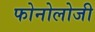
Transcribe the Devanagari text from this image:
फोनोलोजी